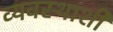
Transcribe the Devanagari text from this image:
व्यवस्थांशी